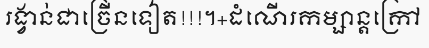
រង្វាន់ជាច្រើនទៀត!!!។+ដំណើរកម្សាន្តក្រៅ